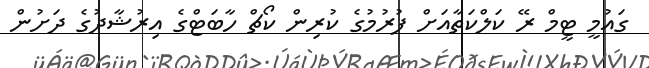
ގައުމީ ޓީމް ރޭ ކަލްކަތާއަށް ފުރުުމުގެ ކުރިން ކޯޗް ހާބަޓްގެ އިރުޝާދުގެ ދަށުން